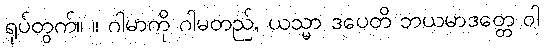
ရုပ်တွက်။ ။ ဂါမာကို ဂါမတည်, ယသ္မာ ဒပေတိ ဘယမာဒတ္တေ ဝါ